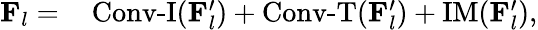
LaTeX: \begin{array}{rl}{\mathbf{F}_{l}=}&{{}\operatorname{Conv-I}(\mathbf{F}_{l}^{\prime})+\operatorname{Conv-T}(\mathbf{F}_{l}^{\prime})+\operatorname{IM}(\mathbf{F}_{l}^{\prime}),}\end{array}